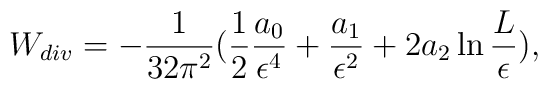
W_{div}=-{1 \over 32 \pi^2} ({1 \over 2} {a_0 \over \epsilon^4}+{a_1\over\epsilon^2} +2a_2 \ln {L \over \epsilon } ),